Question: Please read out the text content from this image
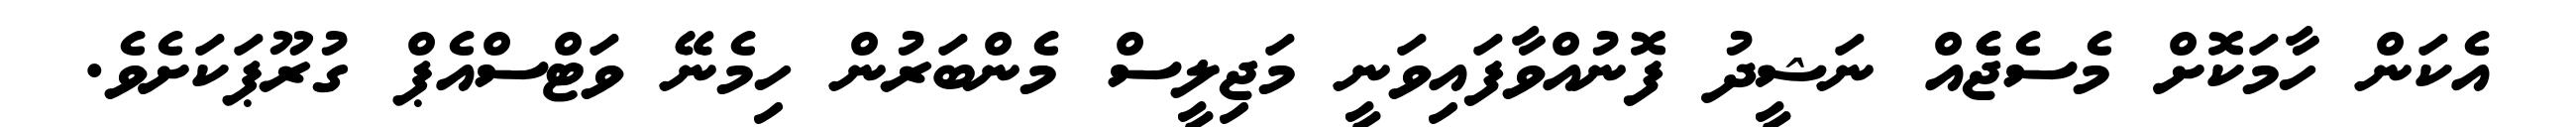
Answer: އެކަން ހާމަކޮށް މެސެޖެެއް ނަޝީދު ފޮނުއްވާފައިވަނީ މަޖިލީސް މެންބަރުން ހިމެނޭ ވަޓްސްއެޕް ގުރޫޕަކަށެވެ.